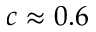
c \approx 0 . 6